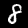
Label: 8